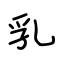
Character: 乳